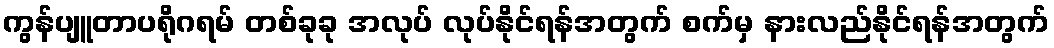
ကွန်ပျူတာပရိုဂရမ် တစ်ခုခု အလုပ် လုပ်နိုင်ရန်အတွက် စက်မှ နားလည်နိုင်ရန်အတွက်